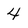
Character: 4